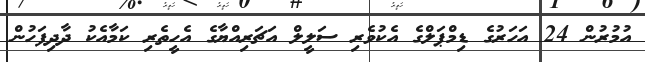
އުމުރުން 24 އަހަރުގެ ޑިމްޕަލްގެ އެކުވެރި ސަލީލް އަޗަރިއްޔާގެ އެހީތެރި ކަމާއެކު ދާދިފަހުން